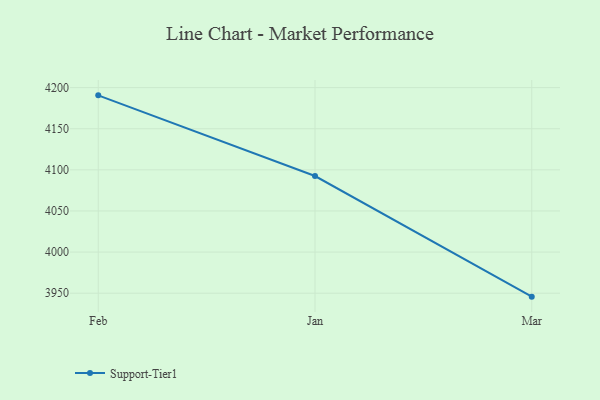
{"axis": {"x": "Month", "y": "Net Income (USD K)"}, "legend": ["Support-Tier1"], "data": [{"x": "Feb", "y": 4190.6, "type": "Support-Tier1"}, {"x": "Jan", "y": 4092.5, "type": "Support-Tier1"}, {"x": "Mar", "y": 3945.8, "type": "Support-Tier1"}]}